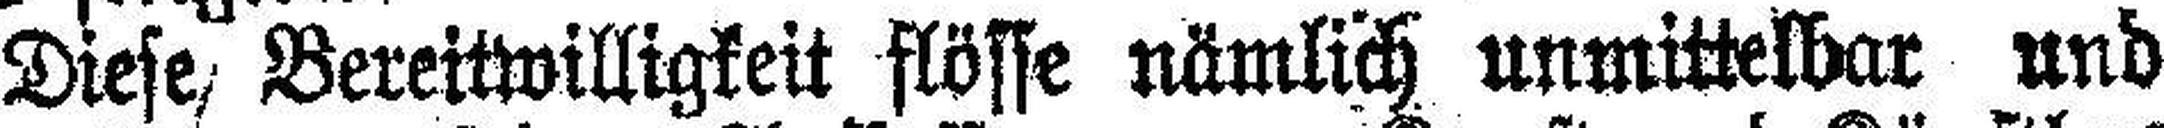
Diese Bereitwilligkeit flösse nämlich unmittelbar und